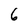
Character: 6